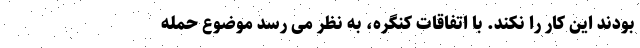
بودند این کار را نکند. با اتفاقات کنگره، به نظر می رسد موضوع حمله